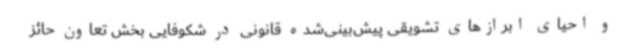
و احیای ابرازهای تشویقی پیش‌بینی‌شده قانونی در شکوفایی بخش تعاون حائز